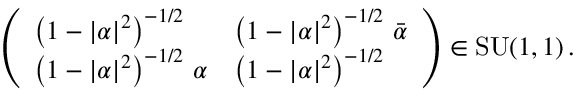
\left( \begin{array} { l l } { \left( 1 - \vert \alpha \vert ^ { 2 } \right) ^ { - 1 / 2 } } & { \left( 1 - \vert \alpha \vert ^ { 2 } \right) ^ { - 1 / 2 } \, \bar { \alpha } } \\ { \left( 1 - \vert \alpha \vert ^ { 2 } \right) ^ { - 1 / 2 } \, \alpha } & { \left( 1 - \vert \alpha \vert ^ { 2 } \right) ^ { - 1 / 2 } } \end{array} \right) \in \mathrm { S U } ( 1 , 1 ) \, .